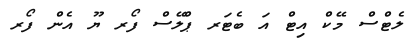
ލެޓްސް މޭކް އިޓް އަ ބެޓަރ ޕްލޭސް ފޯރ ޔޫ އެން ފޯރ